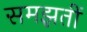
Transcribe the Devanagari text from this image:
समझतीं